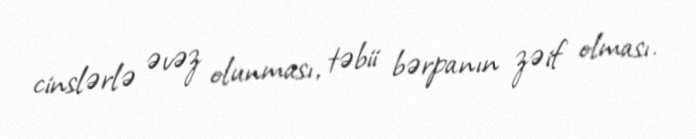
cinslərlə əvəz olunması, təbii bərpanın zəif olması.